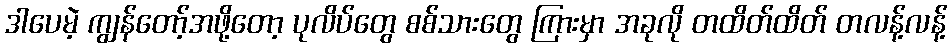
ဒါပေမဲ့ ကျွန်တော့်အဖို့တော့ ပုလိပ်တွေ စစ်သားတွေ ကြားမှာ အခုလို တထိတ်ထိတ် တလန့်လန့်